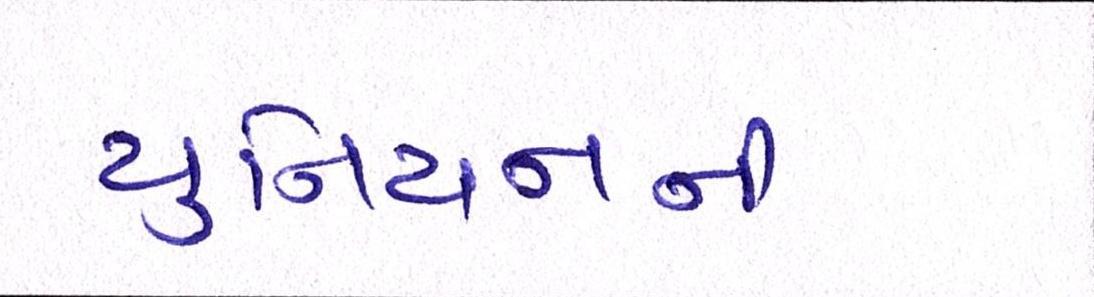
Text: યુનિયનની